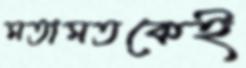
মতামতকেই